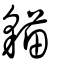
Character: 貓